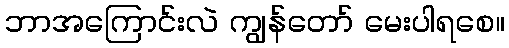
ဘာအကြောင်းလဲ ကျွန်တော် မေးပါရစေ။